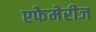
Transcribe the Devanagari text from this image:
एफेमेरीज